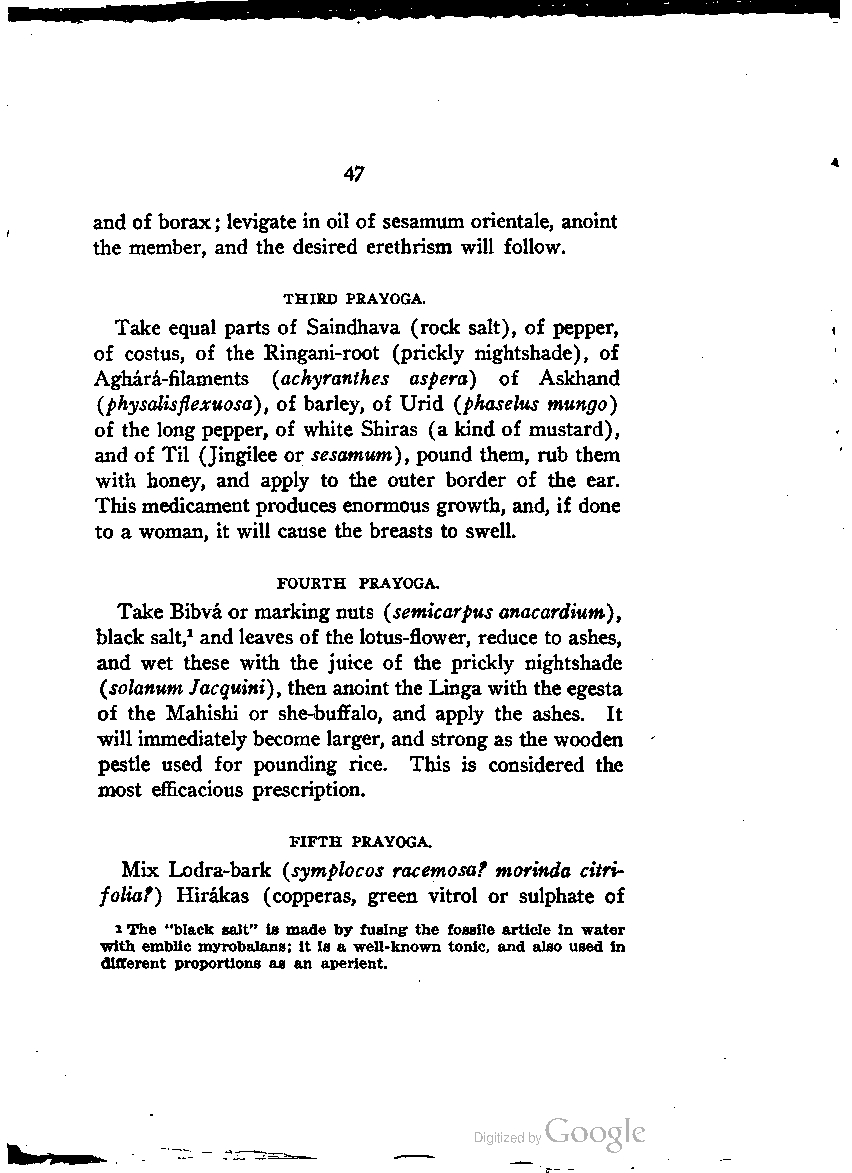
47
 and of borax; levigate in oil of sesamum orientale, anoint
 the member, and the desired erethrism will follow.
 THIRD PRAYOGA.
 Take equal parts of Saindhava (rock salt), of pepper,
 of costus, of the Ringani-root (prickly nightshade), of
 Aghara-filaments (achyranthes aspera) of Askhand
 {physalisflexuosa), of barley, of Urid (phaselus mungo)
 of the long pepper, of white Shiras (a kind of mustard),
 and of Til (Jingilee or sesamum), pound them, rub them
 with honey, and apply to the outer border of the ear.
 This medicament produces enormous growth, and, if done
 to a woman, it will cause the breasts to swell.
 FOURTH PRAYOGA.
 Take Bibvaor marking nuts (semicarpus anacardium),
 black salt,1 andleaves of the lotus-flower, reduce to ashes,
 and wet these with the juice of the prickly nightshade
 (solanumJacquini), then anointthe Linga with the egesta
 of the Mahishi or she-buffalo, and apply the ashes. It
 will immediately become larger, and strong as the wooden
 pestle used for pounding rice. This is considered the
 most efficacious prescription.
 FIFTH PRAYOGA.
 Mix Lodra-bark (symplocos racemosa? morinda citri-
 folia?) Hirakas (copperas, green vitrol or sulphate of
 lThe "black salt" is made by fusing the fosslle article in water
 with emblic myrobalans; it is a well-known tonic, and also used in
 different proportions as an aperient.